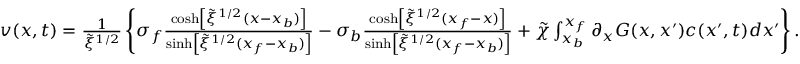
\begin{array} { r } { v ( x , t ) = \frac { 1 } { \tilde { \xi } ^ { 1 / 2 } } \left\{ \sigma _ { f } \frac { \cosh \left[ \tilde { \xi } ^ { 1 / 2 } ( x - x _ { b } ) \right] } { \sinh \left[ \tilde { \xi } ^ { 1 / 2 } ( x _ { f } - x _ { b } ) \right] } - \sigma _ { b } \frac { \cosh \left[ \tilde { \xi } ^ { 1 / 2 } ( x _ { f } - x ) \right] } { \sinh \left[ \tilde { \xi } ^ { 1 / 2 } ( x _ { f } - x _ { b } ) \right] } + \tilde { \chi } \int _ { x _ { b } } ^ { x _ { f } } \partial _ { x } G ( x , x ^ { \prime } ) c ( x ^ { \prime } , t ) d x ^ { \prime } \right\} . } \end{array}